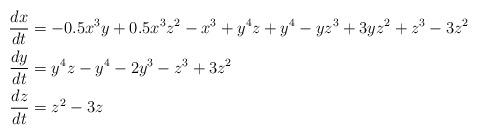
LaTeX: \begin{align*}\frac{dx}{dt} &=-0.5x^3y+0.5x^3z^2-x^3+y^4z+y^4-yz^3+3yz^2+z^3-3z^2\\\frac{dy}{dt} & =y^4z-y^4-2y^3-z^3+3z^2\\ \frac{dz}{dt} & =z^2-3z\\\end{align*}